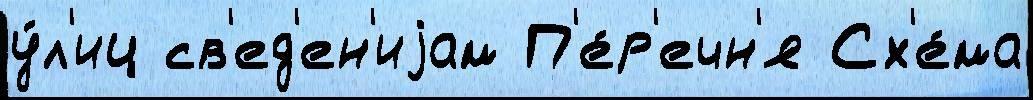
у́л'иц св'ед'ен'иjам П'е́р'ечн'я Сх'е́ма